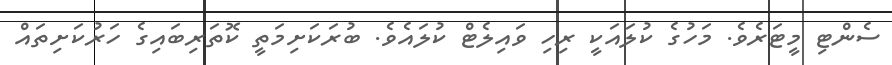
ސެންޓި މީޓަރެވެ. މަހުގެ ކުލައަކީ ރިހި ވައިލެޓް ކުލައެވެ. ބުރަކަށިމަތީ ކޮތަރިބައިގެ ހަރުކަށިތައް